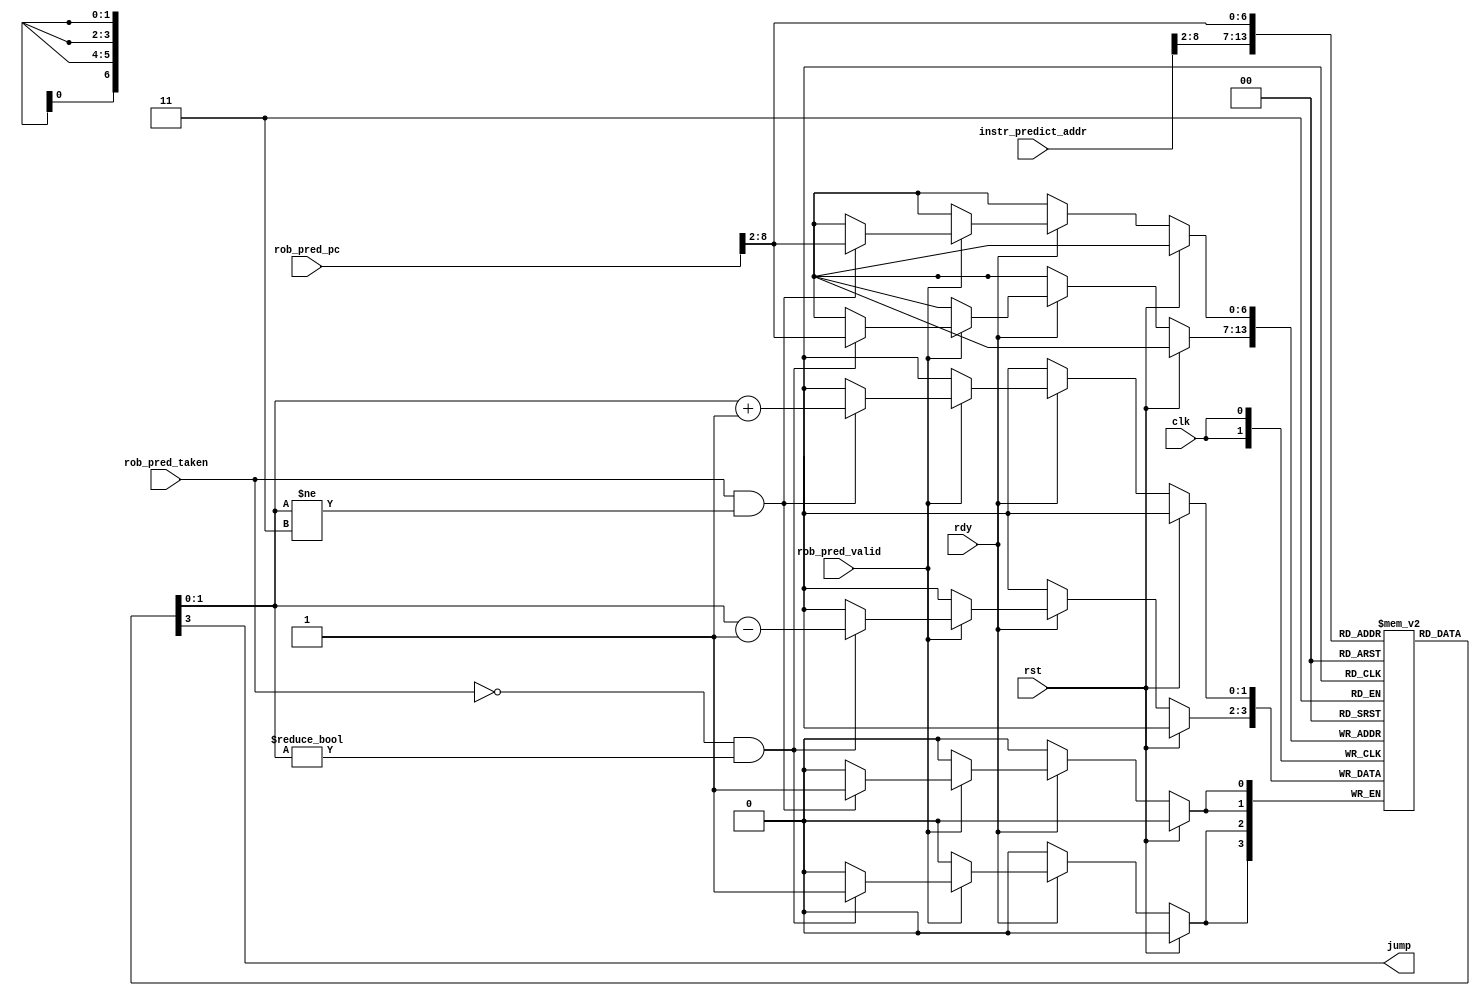
module predictor(
    input               clk,
    input               rst,
    input               rdy,

    // for IF
    input [31:0]        instr_predict_addr,
    output              jump,
    
    // for ROB
    input               rob_pred_valid,
    input [31:0]        rob_pred_pc,
    input               rob_pred_taken
);

reg [1:0]               ppht[127:0];

wire [6:0] pred_hash = instr_predict_addr[8:2];
wire [6:0] rob_hash = rob_pred_pc[8:2];

assign jump = ppht[pred_hash][1];

integer i;

initial begin
    for (i = 0; i < 128; i = i + 1) begin
        ppht[i] = 2'b10;
    end
end

always @(posedge clk) begin
    if (rst) begin
        //
    end else if (rdy) begin
        if (rob_pred_valid) begin
            if (rob_pred_taken && ppht[rob_hash] != 2'b11) ppht[rob_hash] <= ppht[rob_hash] + 1;
            if (!rob_pred_taken && ppht[rob_hash] != 2'b00) ppht[rob_hash] <= ppht[rob_hash] - 1;
        end
    end
end

endmodule